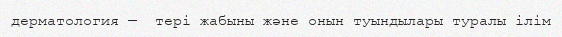
дерматология —  тері жабыны және онын туындылары туралы ілім